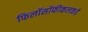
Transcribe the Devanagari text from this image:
फिलॉसॉफीकलकडे